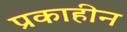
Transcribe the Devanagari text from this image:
प्रकाहीन